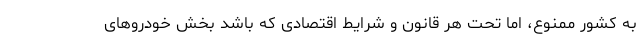
به کشور ممنوع، اما تحت هر قانون و شرایط اقتصادی که باشد بخش خودروهای